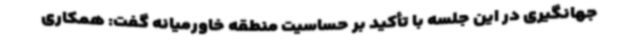
جهانگیری در این جلسه با تأکید بر حساسیت منطقه خاورمیانه گفت: همکاری